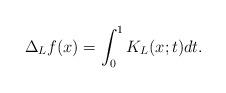
LaTeX: \begin{align*}\Delta_Lf(x)=\int_0^1K_L(x;t)dt.\end{align*}